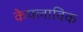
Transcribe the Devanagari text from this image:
केफ्लाविक